kultuurilooline_kollektsioon, lk 8
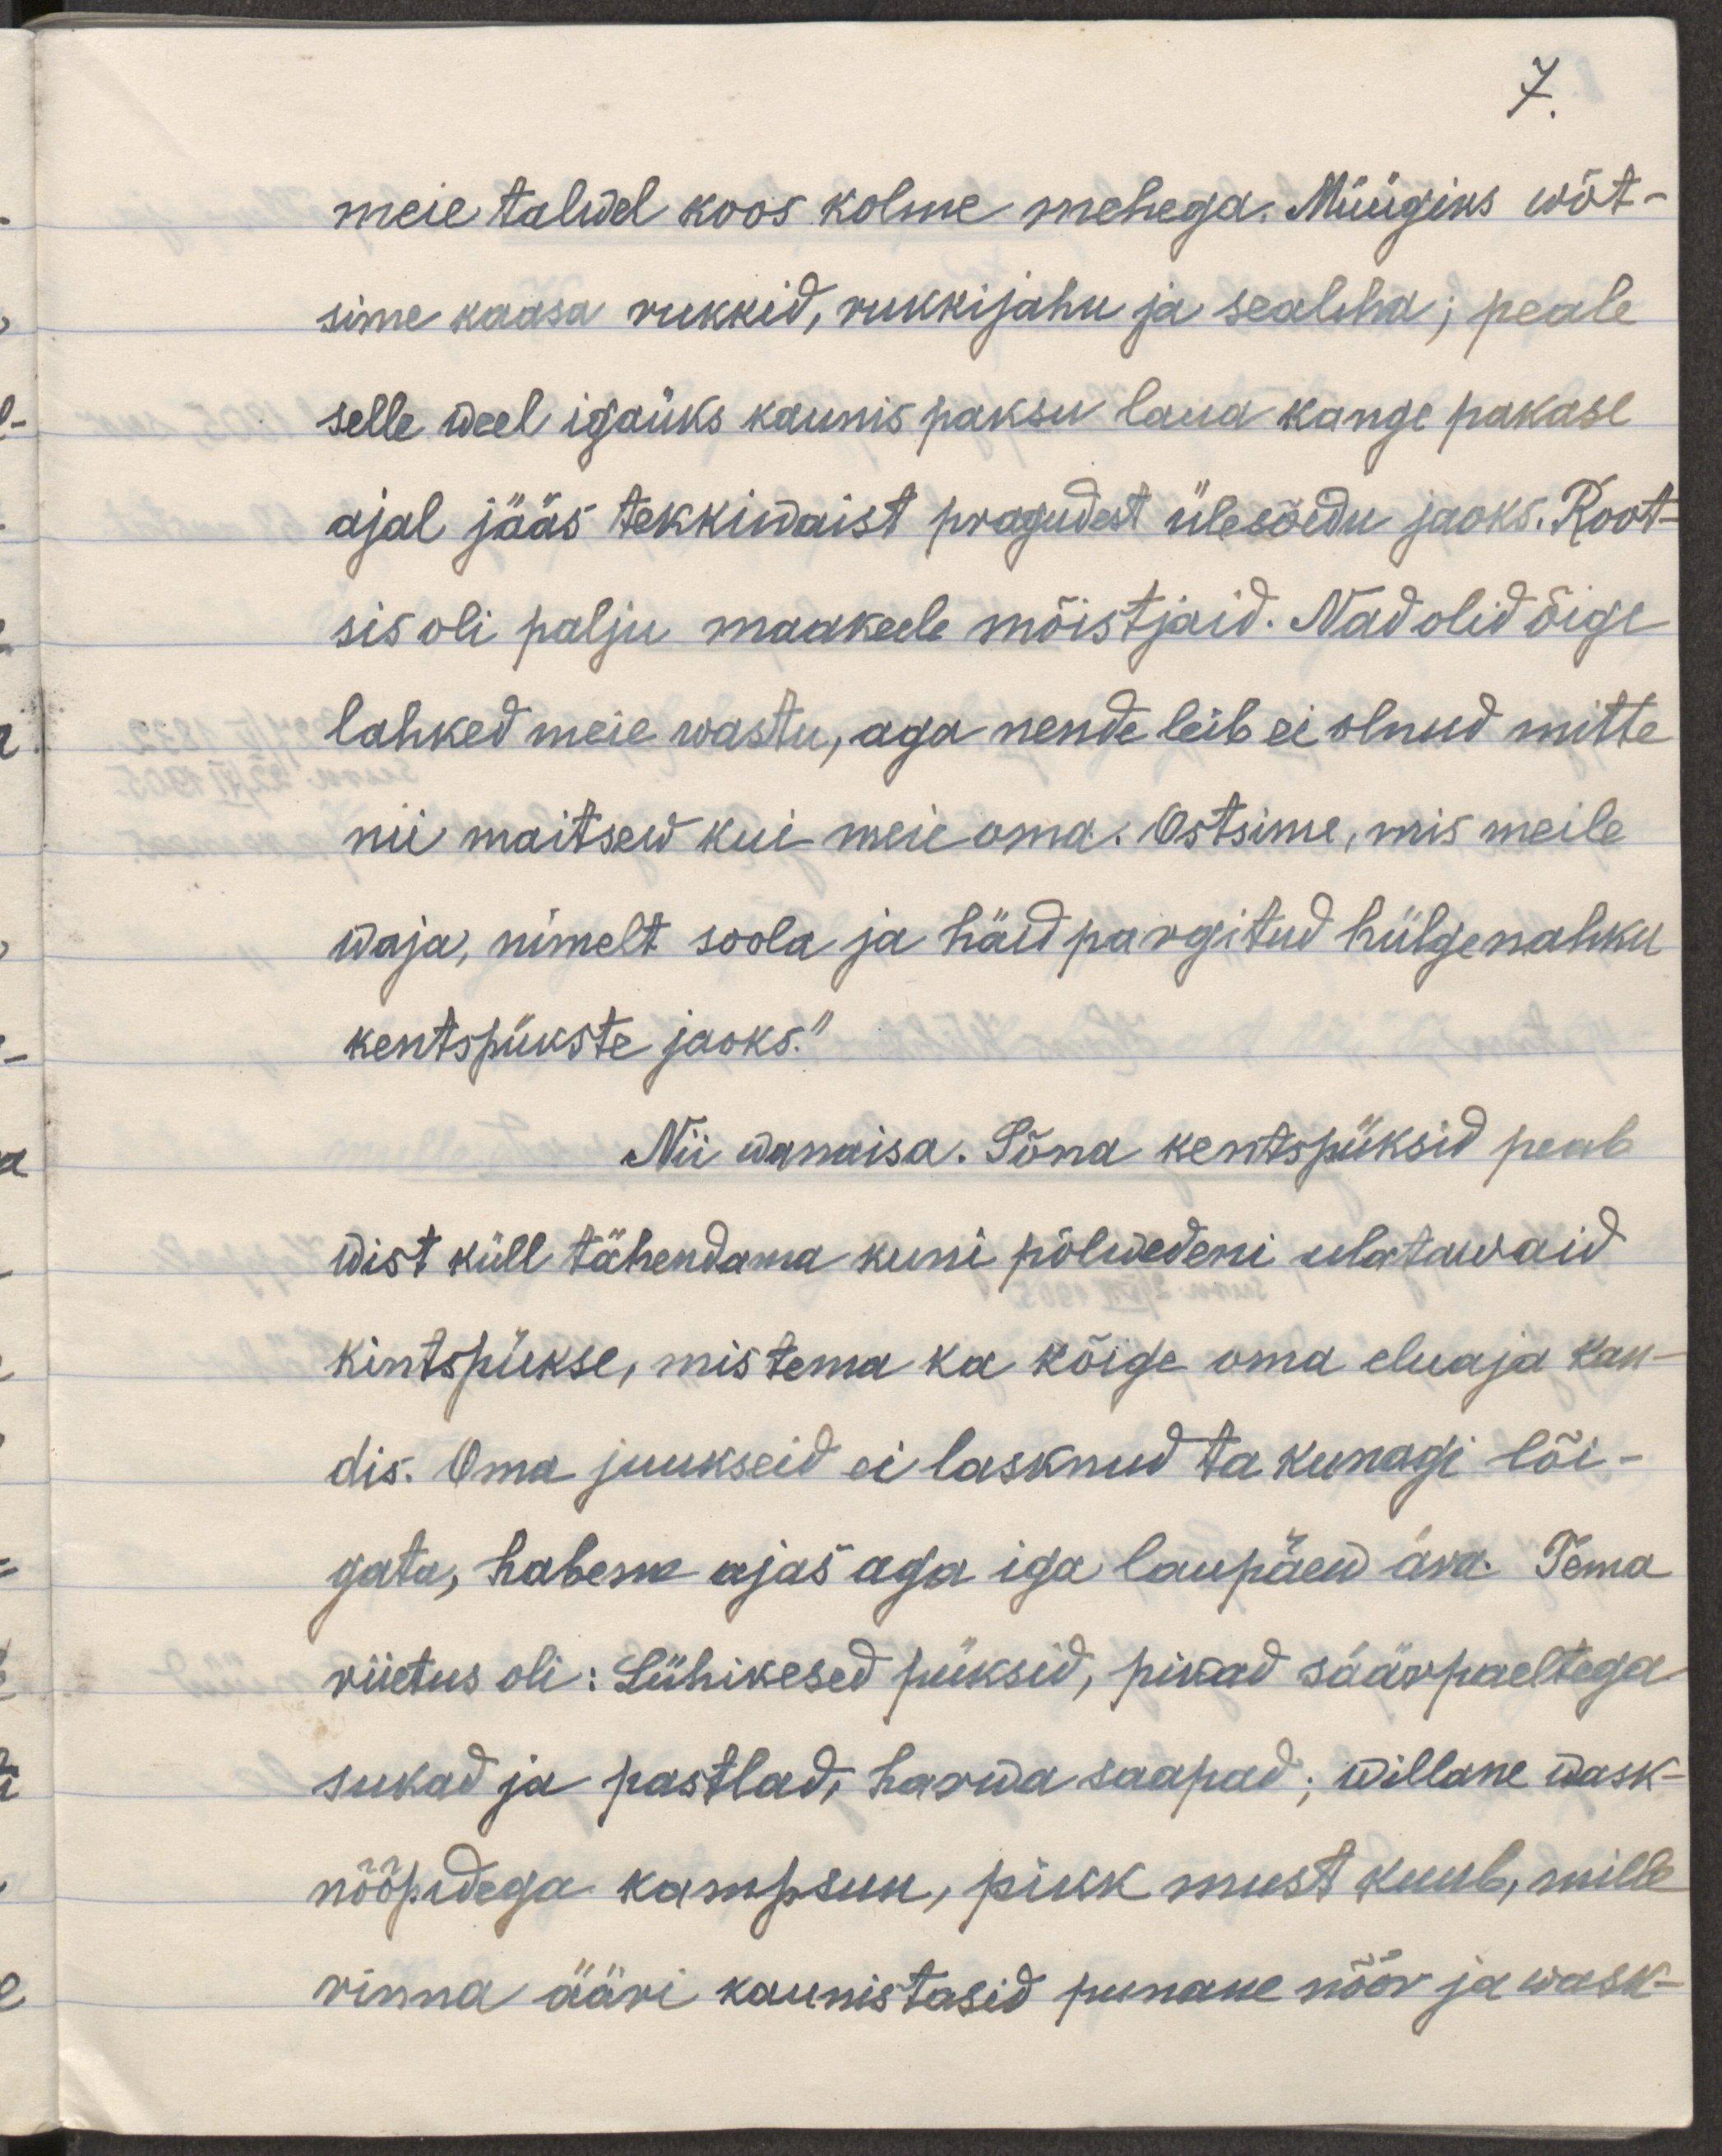
7.

meie talvel koos kolme mehega. Müügiks wõt-
sime kaasa rukkid, rukkijahu ja sealiha; peale
selle weel igaüks kaunis paksu laua kange pakase
ajal jääs teekkiwaist pragudest ülesõidu jaoks. Root-
sis oli palju maakeele mõistjaid. Nad olid õige
lahked meie vastu, aga nende leib ei olnud mitte
nii maitsew kui meie oma. Ostsime, mis meile
waja, nimelt soola ja häid pargitud hülgenahku
kentspükste jaoks."
Nii wanaisa. Sõna kentspüksid peab
wist küll tähendama kuni põlwedeni ulatuwaid
kintspükse, mis tema ka kõige oma eluaja kan-
dis. Oma juukseid ei lasknud ta kunagi lõi-
gata, habeme ajas aga iga laupäev ära. Tema
riietus oli: Lühikesed püksid, pikad säärpaeltega
sukad ja pastlad, harwa saapad; willane wask-
nõõpidega kampsun, pikk must kuub, mille
rinna ääri kaunistasid punane nöör ja wask-